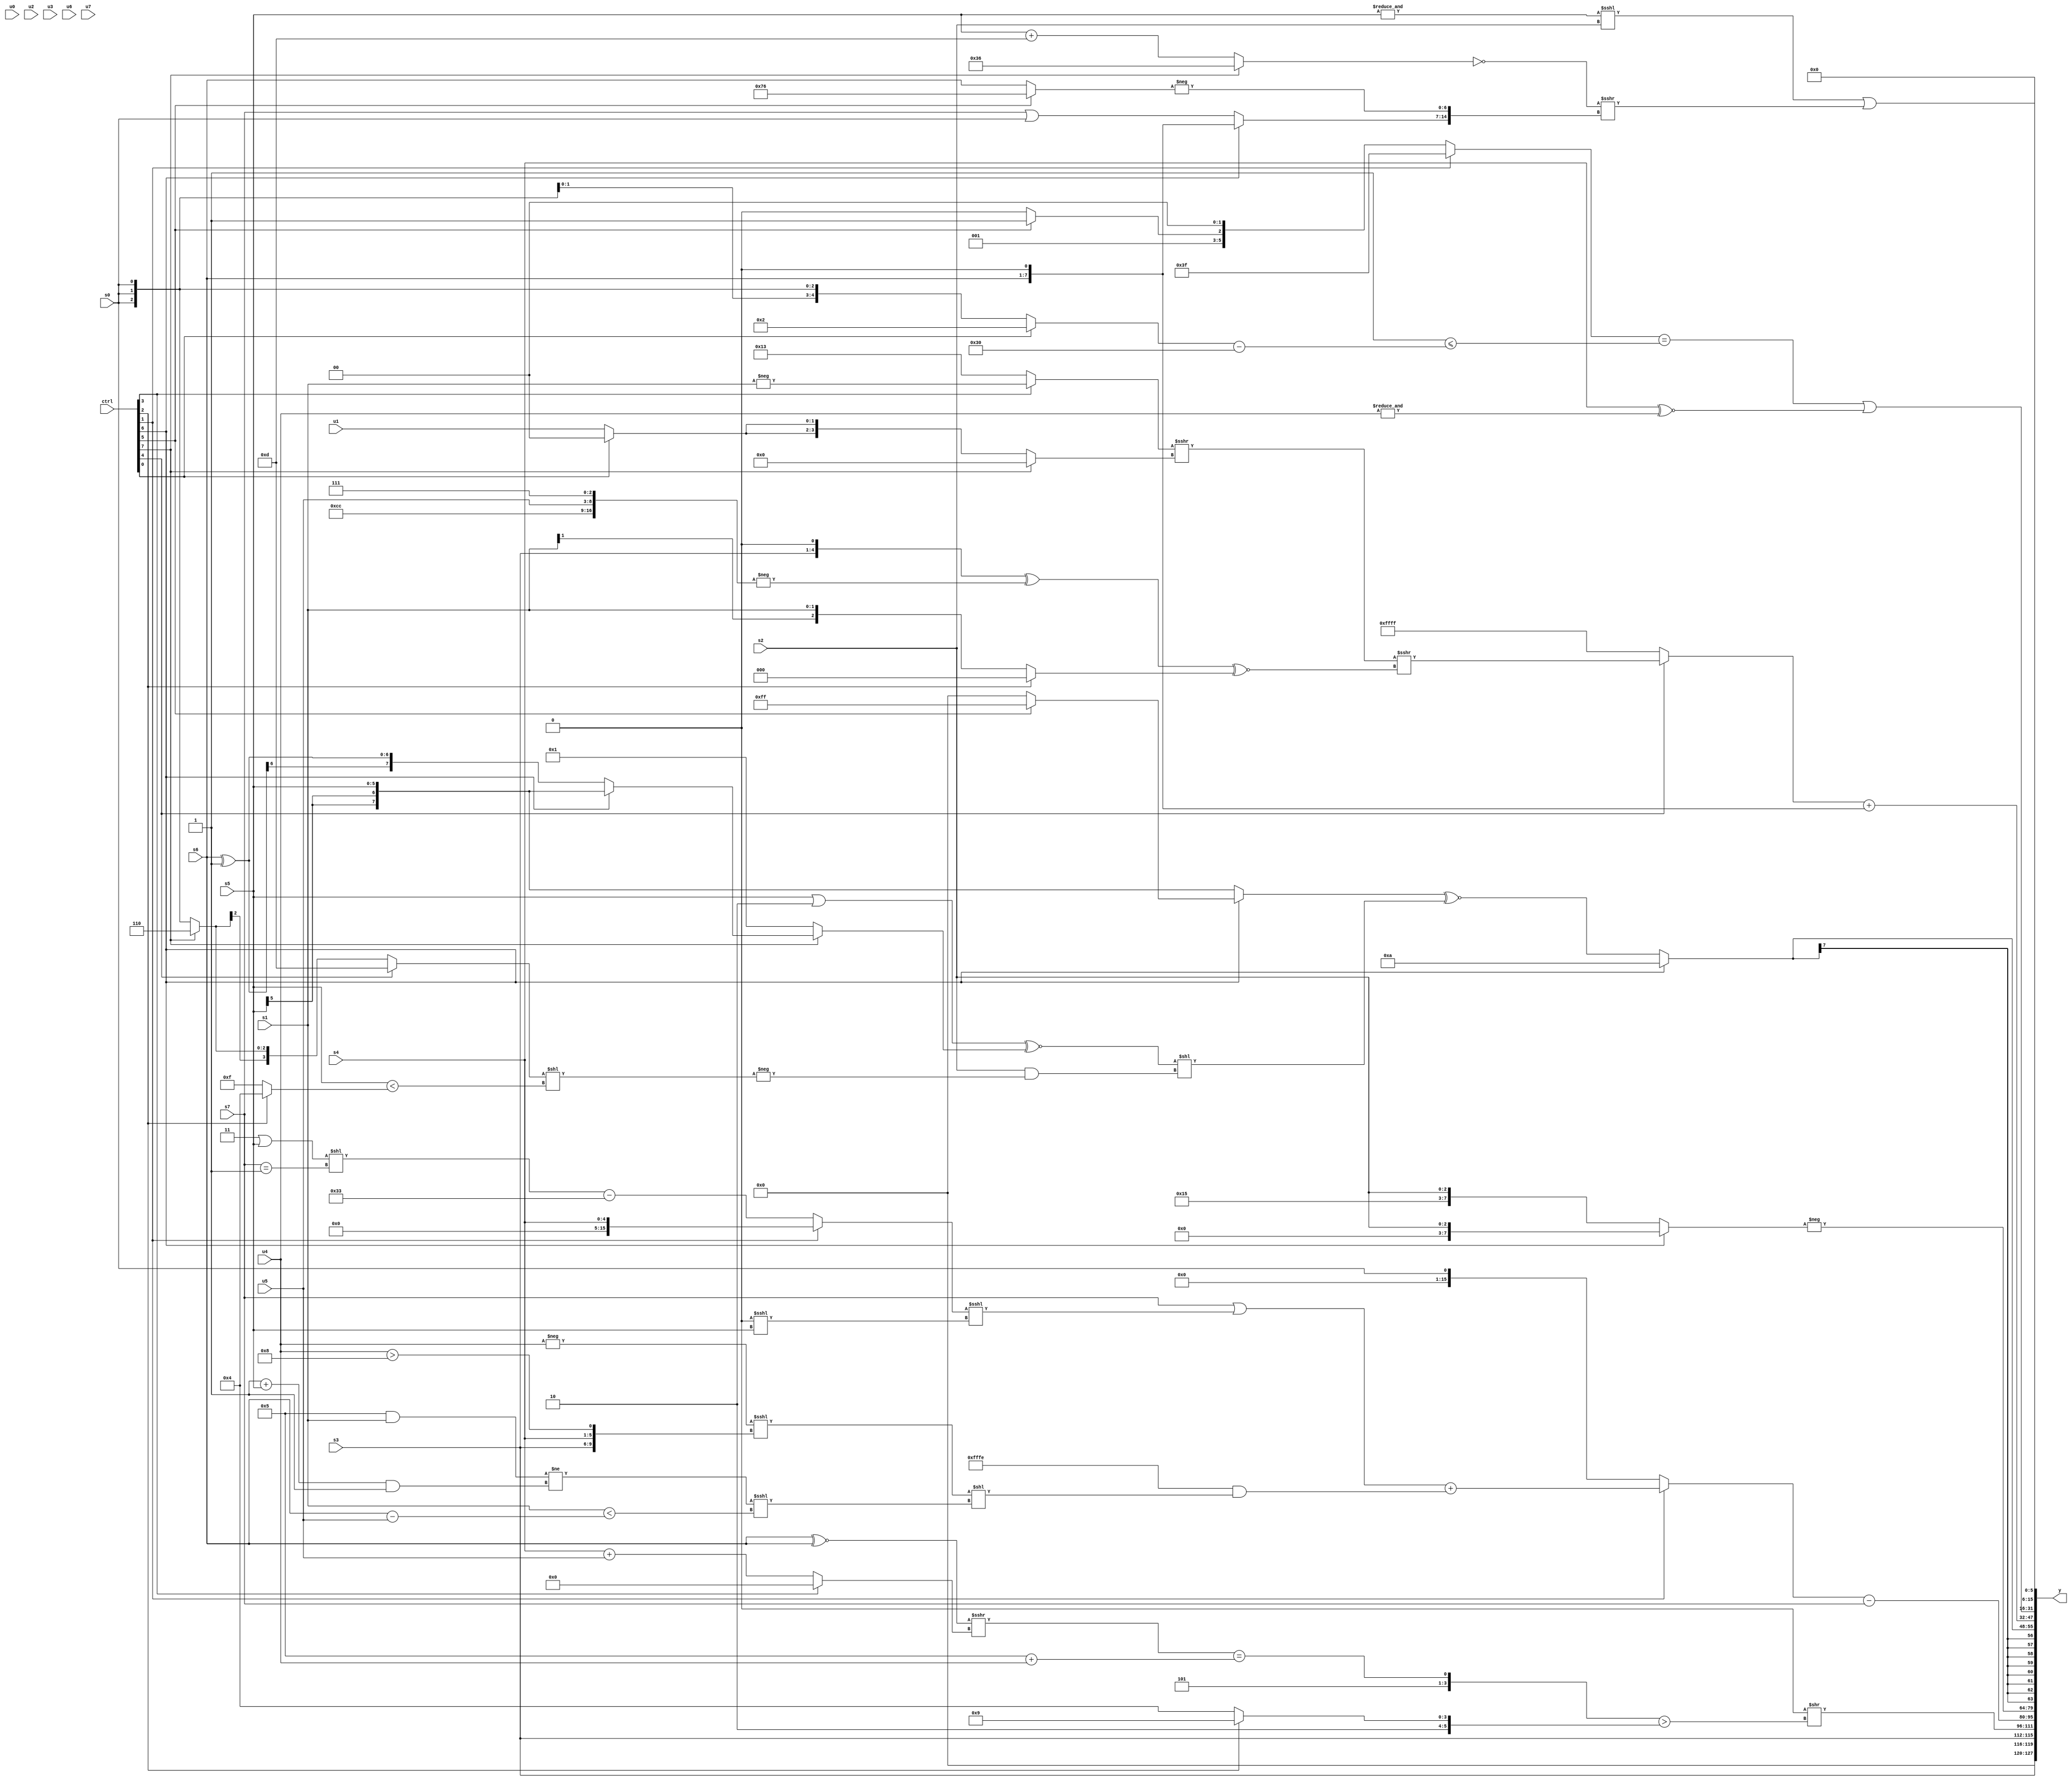
module wideexpr_00355(ctrl, u0, u1, u2, u3, u4, u5, u6, u7, s0, s1, s2, s3, s4, s5, s6, s7, y);
  input [7:0] ctrl;
  input [0:0] u0;
  input [1:0] u1;
  input [2:0] u2;
  input [3:0] u3;
  input [4:0] u4;
  input [5:0] u5;
  input [6:0] u6;
  input [7:0] u7;
  input signed [0:0] s0;
  input signed [1:0] s1;
  input signed [2:0] s2;
  input signed [3:0] s3;
  input signed [4:0] s4;
  input signed [5:0] s5;
  input signed [6:0] s6;
  input signed [7:0] s7;
  output [127:0] y;
  wire [15:0] y0;
  wire [15:0] y1;
  wire [15:0] y2;
  wire [15:0] y3;
  wire [15:0] y4;
  wire [15:0] y5;
  wire [15:0] y6;
  wire [15:0] y7;
  assign y = {y0,y1,y2,y3,y4,y5,y6,y7};
  assign y0 = {2{s3}};
  assign y1 = (1'sb0)>>(($unsigned({5'sb00101,(($signed((s6)^~(s6)))>>>((ctrl[3]?~|(6'b000011):(s4)+(u5))))==(+(((2'sb11)-(5'sb11010))+($signed(u4))))}))>((ctrl[2]?6'b101001:{2{3'sb100}})));
  assign y2 = ((ctrl[1]?((s7)|(((ctrl[1]?s4:(((2'sb11)|(s5))<<((s7)==(6'b000001)))-((6'sb110011)>>((6'sb000101)<(1'sb1)))))<<<((1'sb0)<<<($signed(s5)))))+((-({1{-(+((5'b11101)+(4'b0001)))}}))&(($signed((-(u4))<<<({{s3,s4},(u4)>(4'b1000)})))<<((((+(4'sb0101))&($signed(s1)))!=(((1'sb1)+(s5))&($signed(1'sb1))))<<<((s1)<((+(s6))-($signed(u5))))))):s0))-(s7);
  assign y3 = -((ctrl[6]?{1{s2}}:{5'sb10101,s2}));
  assign y4 = $signed((ctrl[6]?5'sb01010:($signed((ctrl[6]?(ctrl[5]?$signed({2{{2{1'sb1}}}}):((ctrl[3]?(ctrl[4]?s5:6'sb110101):(s7)<<(u4)))<<<(6'sb011100)):$signed(s5))))^~((((s5)|($signed(2'sb10)))^~((ctrl[7]?(ctrl[7]?(ctrl[6]?(ctrl[4]?s5:s5):(s6)^(2'sb11)):($signed(2'sb01))^((6'sb101101)>>(3'sb110))):2'sb01)))<<(($signed(s2))&(-(((ctrl[4]?4'sb1101:(ctrl[7]?3'sb110:s0)))<<((s5)<((ctrl[2]?4'sb0100:2'sb11)))))))));
  assign y5 = ((ctrl[4]?(($signed((ctrl[3]?-(s1):+(5'sb10011))))>>>((ctrl[7]?&($signed(5'sb11001)):{2{(ctrl[0]?2'b00:u1)}})))>>>(((({1{s3}})<<<(~&(3'sb010)))^(-({2'sb11,6'b001100,u5,3'sb111})))^~({1{(ctrl[2]?(s2)<<(6'sb010001):$signed(s1))}})):2'sb11))+(($signed(s6))<<<(-(1'sb1)));
  assign y6 = (((ctrl[1]?6'b111111:($unsigned((ctrl[5]?2'b11:4'sb0010)))<<<(2'sb10)))==((~&($signed(+(2'b10))))<=(({1{(ctrl[0]?5'sb00010:s0)}})-(6'sb110000))))|((s4)^~(+($unsigned(+(&(u4))))));
  assign y7 = {1{((&($signed(s5)))<<<(s2))|((~((ctrl[7]?6'sb110110:(s5)+(6'sb001101))))>>>({(ctrl[6]?(s6)<<<(3'sb001):(s7)|(s0)),-((ctrl[5]?5'sb10110:s6))}))}};
endmodule